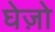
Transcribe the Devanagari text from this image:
घेज़ो